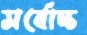
সর্বোচ্চ